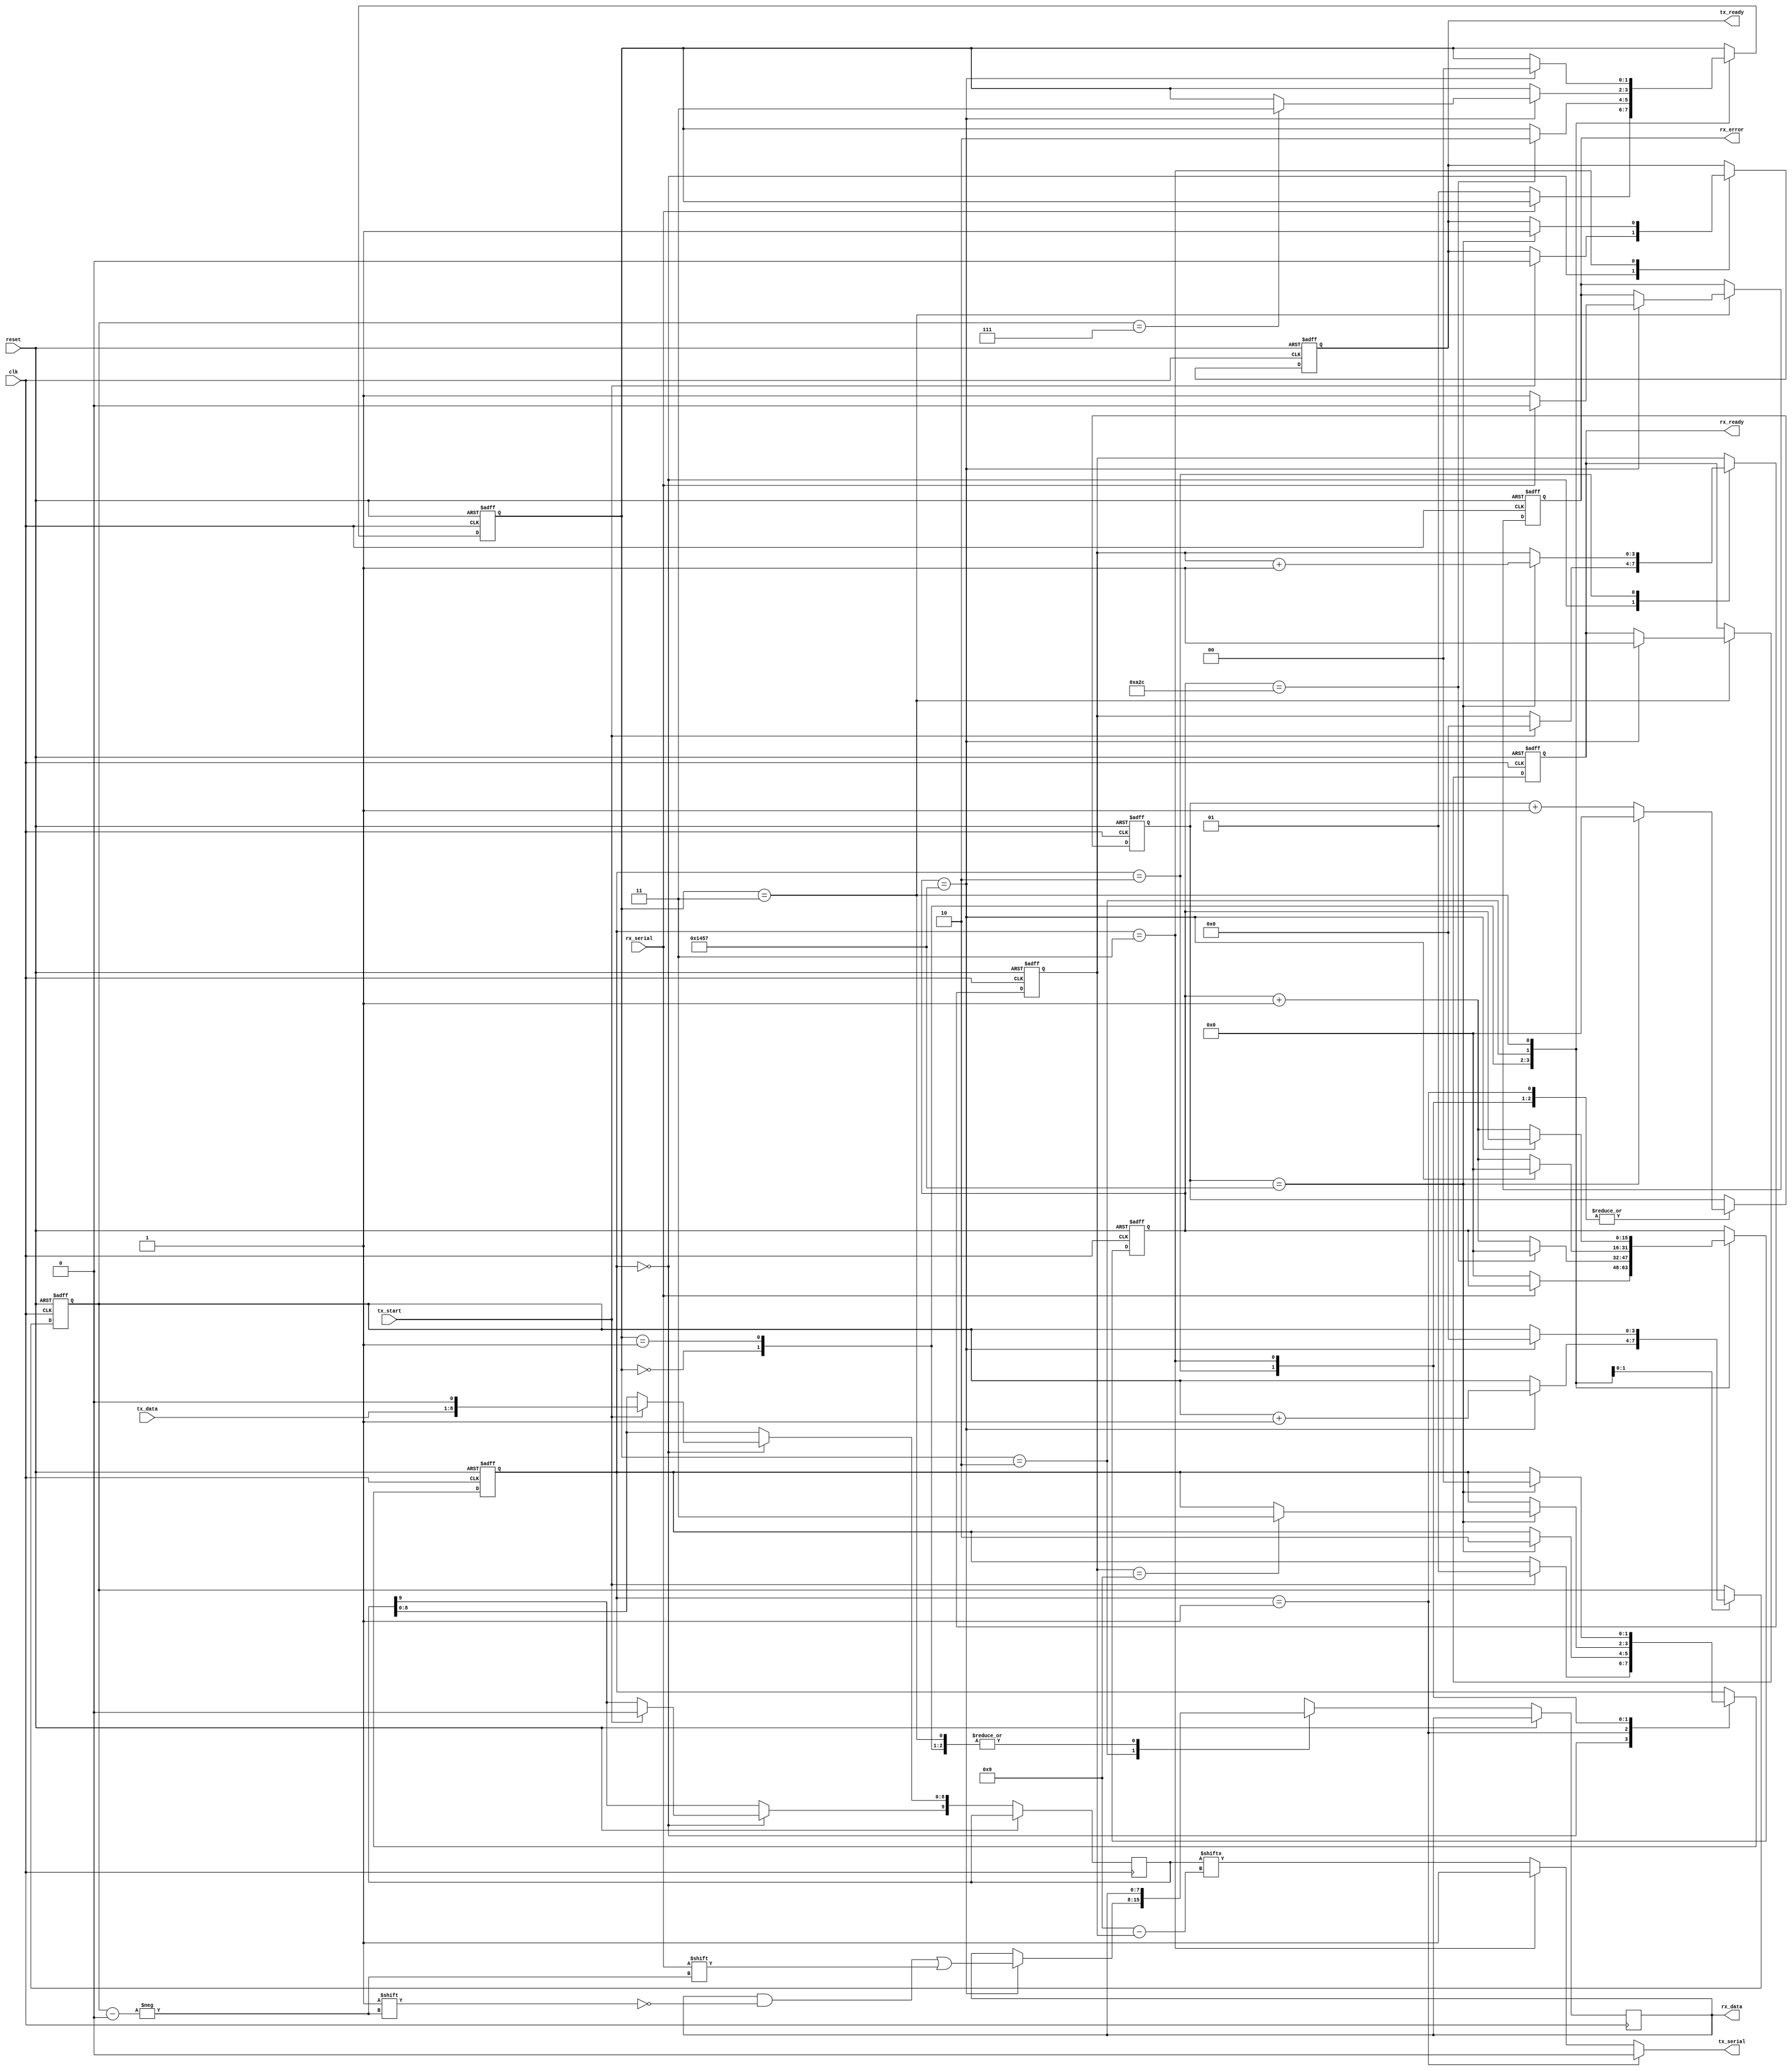
module parameterized_uart #(
    parameter BAUD_RATE = 9600,
    parameter CLOCK_FREQ = 50000000, // 50 MHz clock frequency
    parameter DATA_WIDTH = 8,
    parameter STOP_BITS = 1, // 1 or 2
    parameter PARITY = "NONE" // "EVEN", "ODD", "NONE"
)(
    input wire clk,
    input wire reset,
    
    // Transmitter Interface
    input wire [DATA_WIDTH-1:0] tx_data,
    input wire tx_start,
    output wire tx_ready,
    output wire tx_serial,
    
    // Receiver Interface
    input wire rx_serial,
    output wire [DATA_WIDTH-1:0] rx_data,
    output wire rx_ready,
    output wire rx_error
);

    // Baud rate clock generation
    localparam BAUD_RATE_DIV = CLOCK_FREQ / BAUD_RATE;

    // States for Transmitter state machine
    localparam TX_IDLE = 2'b00, 
               TX_START = 2'b01,
               TX_DATA = 2'b10,
               TX_STOP = 2'b11;
               
    reg [1:0] tx_state = TX_IDLE;
    reg [3:0] tx_bit_count = 0;
    reg [15:0] baud_counter = 0;
    reg tx_ready_reg = 1;
    reg [DATA_WIDTH+1:0] tx_shift_reg; // Data + start + stop bits + parity
    assign tx_serial = (tx_state == TX_START) ? 1'b0 : // Start bit low
                       (tx_state == TX_STOP) ? 1'b1 : // Stop bit high
                       tx_shift_reg[DATA_WIDTH + 1 - tx_bit_count]; // Data bits
    
    assign tx_ready = tx_ready_reg;

    // Transmitter process
    always @(posedge clk or posedge reset) begin
        if (reset) begin
            tx_state <= TX_IDLE;
            tx_bit_count <= 0;
            baud_counter <= 0;
            tx_ready_reg <= 1;
        end else begin
            case (tx_state)
                TX_IDLE: begin
                    if (tx_start) begin
                        // Load data into shift register
                        tx_shift_reg <= {1'b1, tx_data, 1'b0}; // Add stop and start bits
                        if (PARITY == "EVEN") begin
                            tx_shift_reg[DATA_WIDTH + 1] <= ~^tx_data; // Set even parity bit
                        end else if (PARITY == "ODD") begin
                            tx_shift_reg[DATA_WIDTH + 1] <= ^tx_data; // Set odd parity bit
                        end else begin
                            tx_shift_reg[DATA_WIDTH + 1] <= 1'b0; // No parity
                        end
                        tx_ready_reg <= 0;
                        tx_state <= TX_START;
                        tx_bit_count <= 0;
                    end
                end
                TX_START: begin
                    if (baud_counter == BAUD_RATE_DIV - 1) begin
                        baud_counter <= 0;
                        tx_state <= TX_DATA;
                    end else begin
                        baud_counter <= baud_counter + 1;
                    end
                end
                TX_DATA: begin
                    if (baud_counter == BAUD_RATE_DIV - 1) begin
                        baud_counter <= 0;
                        tx_bit_count <= tx_bit_count + 1;
                        if (tx_bit_count == DATA_WIDTH + (STOP_BITS + (PARITY != "NONE"))) begin
                            tx_state <= TX_STOP; // Go to stop state
                        end
                    end else begin
                        baud_counter <= baud_counter + 1;
                    end
                end
                TX_STOP: begin
                    if (baud_counter == BAUD_RATE_DIV - 1) begin
                        baud_counter <= 0;
                        tx_state <= TX_IDLE; // Back to idle after sending
                        tx_ready_reg <= 1; // Ready to send new data
                    end else begin
                        baud_counter <= baud_counter + 1;
                    end
                end
            endcase
        end
    end

    // States for Receiver state machine
    localparam RX_IDLE = 2'b00, 
               RX_START = 2'b01,
               RX_DATA = 2'b10,
               RX_STOP = 2'b11;

    reg [1:0] rx_state = RX_IDLE;
    reg [3:0] rx_bit_count = 0;
    reg [DATA_WIDTH-1:0] rx_shift_reg;
    reg rx_ready_reg = 0;
    reg rx_error_reg = 0;
    reg [15:0] baud_counter_rx = 0;
    
    assign rx_data = rx_shift_reg;
    assign rx_ready = rx_ready_reg;
    assign rx_error = rx_error_reg;

    // Receiver process
    always @(posedge clk or posedge reset) begin
        if (reset) begin
            rx_state <= RX_IDLE;
            rx_bit_count <= 0;
            baud_counter_rx <= 0;
            rx_ready_reg <= 0;
            rx_error_reg <= 0;
        end else begin
            case (rx_state)
                RX_IDLE: begin
                    if (!rx_serial) begin // Start bit detected
                        baud_counter_rx <= 0;
                        rx_state <= RX_START;
                    end
                end
                RX_START: begin
                    if (baud_counter_rx == BAUD_RATE_DIV / 2) begin // Sample in the middle of start bit
                        baud_counter_rx <= 0;
                        rx_state <= RX_DATA;
                    end else begin
                        baud_counter_rx <= baud_counter_rx + 1;
                    end
                end
                RX_DATA: begin
                    if (baud_counter_rx == BAUD_RATE_DIV - 1) begin
                        baud_counter_rx <= 0;
                        rx_shift_reg[rx_bit_count] <= rx_serial; // Shift in the data
                        rx_bit_count <= rx_bit_count + 1;
                        if (rx_bit_count == DATA_WIDTH - 1) begin
                            rx_state <= RX_STOP; // Go to stop state
                        end
                    end else begin
                        baud_counter_rx <= baud_counter_rx + 1;
                    end
                end
                RX_STOP: begin
                    if (baud_counter_rx == BAUD_RATE_DIV - 1) begin
                        // Check stop bits
                        if (rx_serial != 1'b1) begin
                            rx_error_reg <= 1; // Error if stop bit is not high
                        end else begin
                            rx_error_reg <= 0;
                            // Optionally, check for parity if enabled
                            // Implement parity check logic here
                        end
                        rx_ready_reg <= 1; // Data received
                        rx_bit_count <= 0; // Reset bit counter
                        rx_state <= RX_IDLE; // Back to idle
                    end else begin
                        baud_counter_rx <= baud_counter_rx + 1;
                    end
                end
            endcase
        end
    end

endmodule